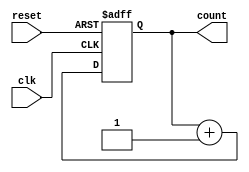
module async_counter #(
    parameter WIDTH = 4  // Define the bit width of the counter (default is 4 bits)
)(
    input wire clk,       // Clock input
    input wire reset,     // Asynchronous reset input
    output reg [WIDTH-1:0] count // Output current count value
);

// Always block for asynchronous reset and counting
always @(posedge clk or posedge reset) begin
    if (reset) begin
        count <= 0; // Reset count to zero
    end else begin
        count <= count + 1; // Increment count on clock edge
    end
end

endmodule